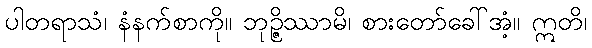
ပါတရာသံ၊ နံနက်စာကို။ ဘုဉ္ဇိဿာမိ၊ စားတော်ခေါ်အံ့။ ဣတိ၊